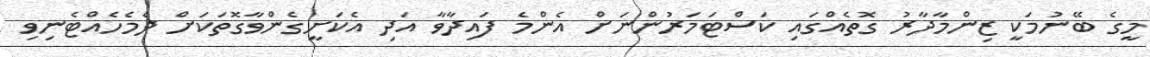
މީގެ ބޭނުމަކީ ޒިންމާދާރު ގޮތެއްގައި ކަސްޓަމަރުންނަށް އެންމެ ފައިދާވާ އަދި އެކަށީގެންވާގޮތަކަށް ދެމެހެއްޓެނިވި